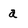
Character: a